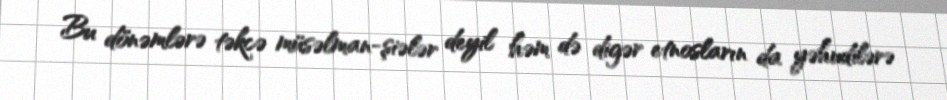
Bu dönəmlərə təkcə müsəlman-şiələr deyil həm də digər etnosların da yəhudilərə